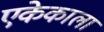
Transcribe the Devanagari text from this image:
एकेकाला